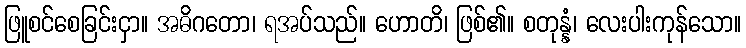
ဖြူစင်စေခြင်းငှာ။ အဓိဂတော၊ ရအပ်သည်။ ဟောတိ၊ ဖြစ်၏။ စတုန္နံ၊ လေးပါးကုန်သော။